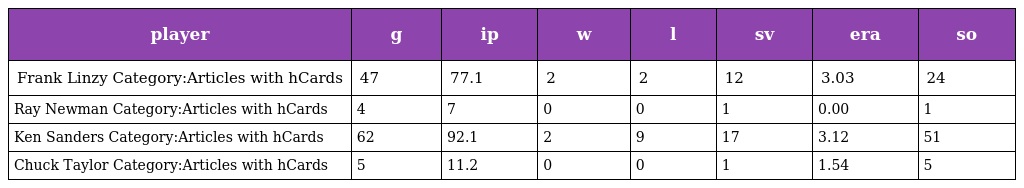
| player | g | ip | w | l | sv | era | so |
 | --- | --- | --- | --- | --- | --- | --- | --- |
 | Frank Linzy Category:Articles with hCards | 47 | 77.1 | 2 | 2 | 12 | 3.03 | 24 |
 | Ray Newman Category:Articles with hCards | 4 | 7 | 0 | 0 | 1 | 0.00 | 1 |
 | Ken Sanders Category:Articles with hCards | 62 | 92.1 | 2 | 9 | 17 | 3.12 | 51 |
 | Chuck Taylor Category:Articles with hCards | 5 | 11.2 | 0 | 0 | 1 | 1.54 | 5 |